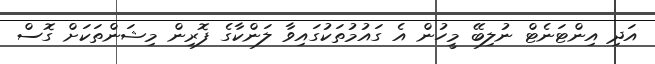
އަދި އިންޓަނެޓް ނުލިބޭ މީހުން އެ ގައުމުތަކުގައިވާ ލަންކާގެ ފޮރިން މިޝަންތަކަށް ގޮސް